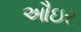
ઔઇર